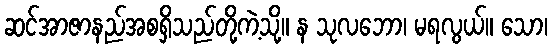
ဆင်အာဇာနည်အစရှိသည်တို့ကဲ့သို့။ န သုလဘော၊ မရလွယ်။ သော၊